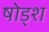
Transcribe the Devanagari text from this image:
षोड्श